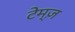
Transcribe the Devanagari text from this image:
टेम्ज़